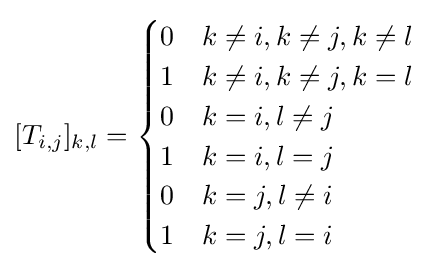
[T_{i,j}]_{k,l}={\begin{cases}0&k\neq i,k\neq j,k\neq l\\1&k\neq i,k\neq j,k=l\\0&k=i,l\neq j\\1&k=i,l=j\\0&k=j,l\neq i\\1&k=j,l=i\\\end{cases}}